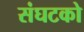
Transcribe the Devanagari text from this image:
संघटको